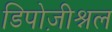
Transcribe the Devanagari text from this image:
डिपोज़ीश्नल